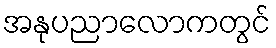
အနုပညာလောကတွင်